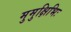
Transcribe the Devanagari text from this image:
मुमुक्षिभिः